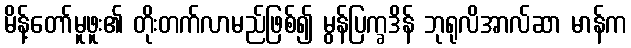
မိန့်တော်မူဖူး၏ တိုးတက်လာမည်ဖြစ်၍ မွန်ပြက္ခဒိန် ဘုရုလိအာလ်ဆာ မာန်က